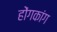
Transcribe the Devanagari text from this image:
होंगकांग